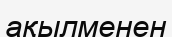
ақылменен